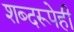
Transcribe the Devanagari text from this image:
शब्दरूपेही